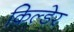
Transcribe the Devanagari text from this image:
किल्डेर